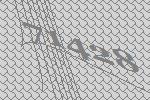
71428